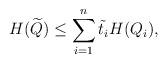
LaTeX: \begin{align*} H(\widetilde{Q}) \le \sum_{i=1}^{n} \tilde{t}_i H(Q_i),\end{align*}